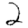
Digit: 2